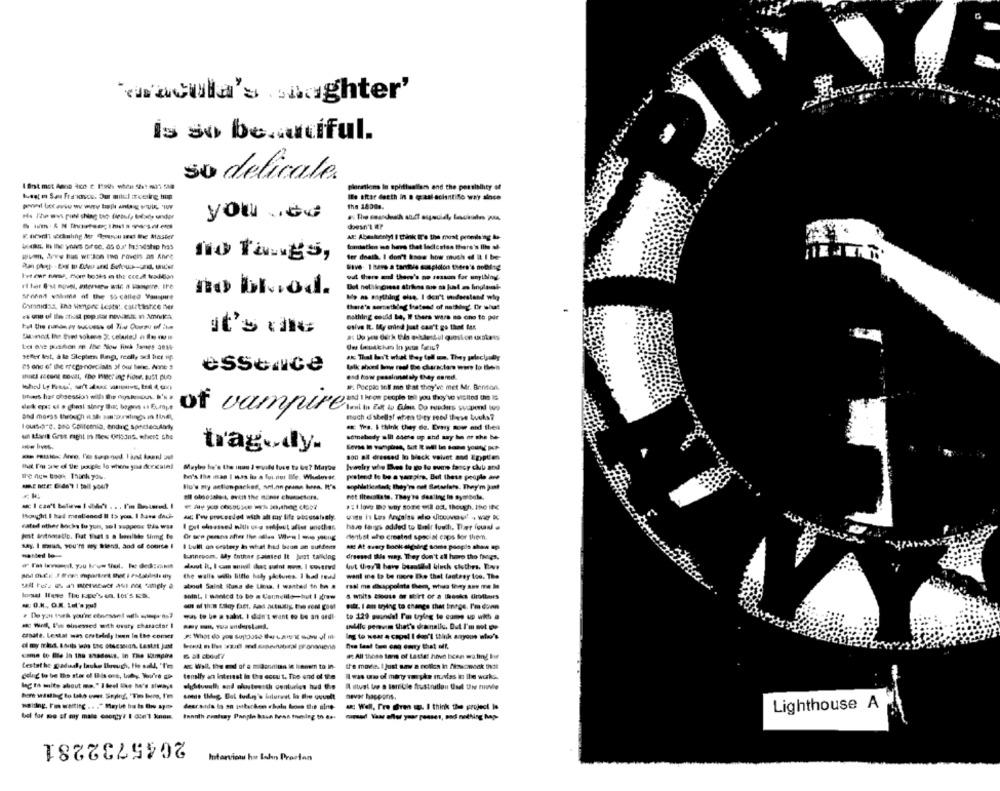
'macula's shaghter'
is so beautiful.
so delicate
plorations in spirituallam end the possibility of
Ille aftar deeth in n daal scientifo way alnce
the 18084.
He The wws puh shing the (leont, totale under
you ved
doesn't AP
AX: Absskenty! I think It's the most promising be-
tomatken me have that ladiesiss there's file of-
--- -- - WE'Jo Iw Poveis as Ance
no Tangs,
fer dnailk. I don't know how much of It I be-
val there and then's no reason for umiboy
no blod.
sonni walima of the so called vouspure
Me as mything else. I don't widerstand wie
Chronidas, tho Wione Lests :. caurtistce ner
there's something fratend of nothing. Dr w/ut
nothing could be, If there were no cho to pir
it's dlo
osive It. My mind just can't go that far,
sefler list, a le Slephien Bing, really sed her up
sk Thal hai't what they fell mm. They palec ljudly
essence
end how pessionataly Day samed.
#: Poepic soll me that they've met Mr. Benson.
Ituess har obsession with the noskricut. 's #
dek opi oi a ghost sinry thur bogens + Europe
of vampire
much d'sbells! when they read these buuks?
Iousare. and California, endic spectacularly
. The. I think they de. Every now and then
un tarne Gres right in Mes OrlsinG. where the
somebody alll esete op and any he or she be-
tragedy.
son all dressed lo beck velvet and Egyptian
Maybe he's the inan I wvild luse to be? Maybe
he's the inas I mas in a fur-for life. Wholovec
pretend to be a vampire, But these people are
Ho's my action packed, ani.no peann bass. It's
sil olnosale & event the miner characters.
not literatste. They're dasling in symbola.
>:I love me way some will act. though. 196 INC
thought I had meallened Il to you. I base dach
a. P'w precesded with alt cas life pocosstaly.
cated other bachs tu yon, sol veppeos this was
I cut cheessed nith ore majust after unethes
have taron added to Empir touch. Ther foual .
Or see pessoa after the sales When I que jong
denbst who created special caps for themn.
say. I mua, you're my Siens, and of course !
I bull an erstery in what had beon an suffers
att At every Bock sigsling sons popis show ap
-sed -
dressed this way. They don't all haro tho fines,
turinroom. My Enthar painted It Just talking
deut R, I can muadil ihat sudnt www. I covered
the walls with little haly pictures. I had read
want ine to be more Be that fantesy too. The
almout Saink Stuna de Lima. I wantedl in kn .
anlat. I wanted to be a Carmelita-hut I zaw
& white bioute @ sort of a thanks firodbors
will. I am trying to change that binge. I'm down
was to be a salv. I don't want to be an dedi-
to 129 svundal I'm trying to come up with a
mc Well, I'm einessed with ovary character I
tullio pervim that's deamnali, But I'm mot De
conate. Lestat was cretelaly town In the comet
Ing to wear a capel I don't think anyone who's
of my mind. Boris ions the otsession. Laatst Jast
Que leat tus can omy that off
: All those terms of Lastet hive bicon waling bir
testathe gadudy lacke through, He soll, 'I'm
the made. I just saw a notles in fierscznook thil
A Wall. the end of a = danninn in leown to In-
delig to be tho stor of Ils ont, body, You're co-
tensify at interest in the eccut. The end of the
I was uwd marty vaghe moves in the world
log th milte about me." I feel like M's always
elyhituunth and whatwe:th centuries hud the
I situst be a tenibile frustration Und Ow tinte
never happens ..
Lighthouse A
a Well, Fre Biren wp. I think the project is
bel for mo sf my male cserty? I don1 knum.
Bonnth neatsay Ponple husse Bean tuning to da-
2045732281
Interview hu Lohn Prostan